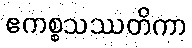
ဧကစ္စသဿတိကာ